Papers set at the Examination for Leaving Certificates, 1893
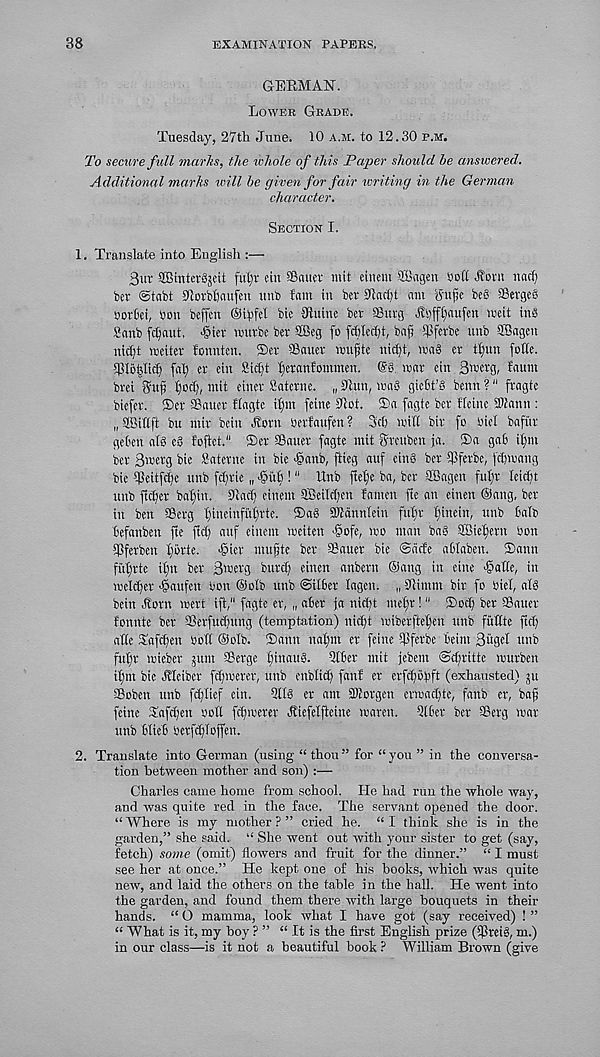
38
EXAMINATION PAPERS.
GERMAN.
Lower Grade.
Tuesday, 27th June. 10 a.m. to 12.30 p.m.
To secure full marks, the whole of this Paper should be answered.
Additional marks will be given for fair writing in the German
character.
Section I.
1. Translate into English :—
3ur SBintevgjeit fut)r cut Sauer mit eiitent SBagen Sett Horn nacf)
ber @tabt £dorb^aufeu ttnb fain in ber OMJ ant S'ufje be§ Serges
sorbet, Son beffett ©ipfel bie Olttinc ber Sttrg Ht)ff£)aufen toeit ins
Sanb fc^aut. >§ier tottrbe ber SSSeg (o fd)M)t, baft Ipferbe unb SBagen
nidjt toeiter fonnten. ©er Sauer tsujjte nicljt, tsaS cr tf)un foffe.
Slobltci) fal) er ein £i<Jjt ^eranfommen. @S. tsar ein B^erg, faunt
bret Stt^ l)ocf), mit einer Satcrne. „ Stun, maS giebt’S betttt ?" fragtc
biefer. ©er Sauer flagte iljm feine lUot. ©a fagte ber Heine SWattn :
„ SSittft bit mir betn Horn serfaufen? 3c() mitt bir fo Siel bapir
geben afS eS foftet." ©er Sauer fagte mit greuben ja. ©a gab if)m
ber Bmerg bie Satcrnc in bie ■@anb, ftieg auf einS ber Sferbe, feijmang
bie tpeitfcfic unb fdjrie „ 'gub ! 11 Rub fietfe ba, ber SBctgen fuljt Icicfp
unb ftcBer baf)in. Sttad) einent 5Beitd;en famen fte an etnen ©ang, ber
in ben Scrg fjineinfuijrte. ®a8 Staunteiu fufir fjinein, unb balb
befanben fte fid) auf einent meiten -gofe, mo man baS 9Bief)ern Son
Sferben fjbrte. -gicr nutate ber Sauer bie ©aef'e ablaben. ©amt
fitfjrte ifftt ber B'serg bttrd) einen anbern ©ang in eine gatte, in
meldfer gaufen Son ©olb unb ©itber lagen. „ iRimm bir fo siel, als
betn Horn mert iff," fagte er, „ aber ja nidjt mefjr!" ©odj ber Sauer
fonnte ber Serfudjung (temptation) nidjt miberfteljen unb fitttte ftdj
atte SafcBen Soft ©olb. ©aim nafjin er feine ijiferbe beint Bust! unb
fntir mieber 511111 Serge fjinauS. 51ber mit jebent ©djritte murben
ifjm bie HIcibcr fdjmerer, unb enblidj fanf er erfdjbjift (exhausted) ju
Soben unb fdjlicf ein. UfiS er am SKorgen crmadjte, fanb er, ba^
feine Safdjen sott fdjmerer Hiefelfteine maren. Qlber ber Serg mar
unb blieb serfdjfoffen.
2. Translate into German (using “ thou ” for “ you ” in the conversa-
tion between mother and son) :—
Charles came home from school. He had run the whole way,
and was quite red in the face. The servant opened the door.
“ Where is my mother ? ” cried he. “ I think she is in the
garden,” she said. “ She went out with your sister to get (say,
fetch) some (omit) flowers and fruit for the dinner.” “ I must
see her at once.” He kept one of his books, which was quite
new, and laid the others on the table in the hall. He went into
the garden, and found them there with large bouquets in their
hands. “ O mamma, look what I have got (say received) ! ”
“ What is it, my boy ? ” “ It is the first English prize (CPrei§, m.)
in our class—is it not a beautiful book ? William Brown (give